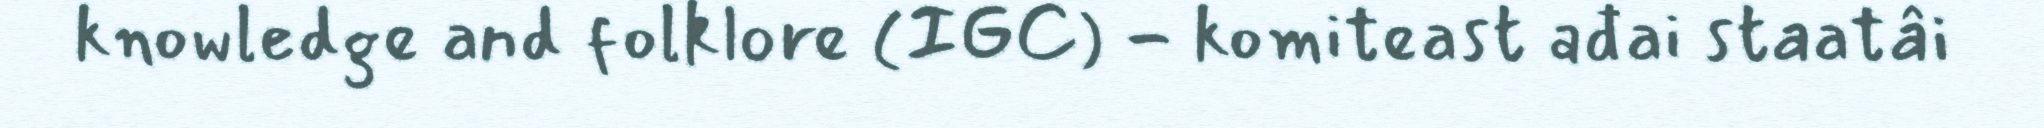
knowledge and folklore (IGC) - komiteast ađai staatâi